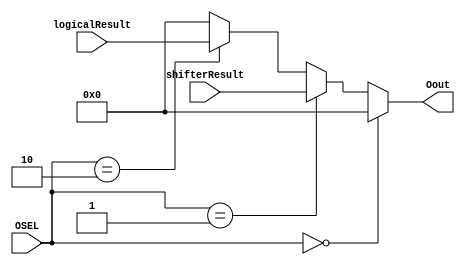
module muxO(OSEL, Oout, shifterResult, logicalResult);
  
  // inputs
  input [1:0] OSEL;
  input [7:0] shifterResult;
  input [7:0] logicalResult;
  
  // outputs
  output [7:0] Oout;

  // MUX LOGIC:
  //   if   OSEL == 0 => Oout = 0
  //   else           => Oout = 1
  assign Oout = (OSEL == 2'b00) ? 2'b00 : (OSEL == 2'b01) ? shifterResult : (OSEL == 2'b10) ? logicalResult : 8'b00000000;

endmodule